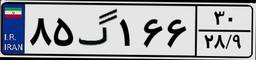
۸۵گ۱۶۶۳۰